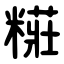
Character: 糚